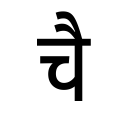
OCR:
चै